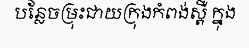
បន្លែចម្រុះជាយក្រុងកំពង់ស្ពឺ ក្នុង